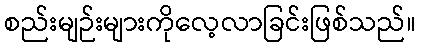
စည်းမျဉ်းများကိုလေ့လာခြင်းဖြစ်သည်။